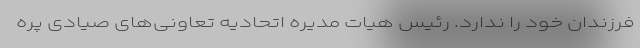
فرزندان خود را ندارد. رئیس هیات مدیره اتحادیه تعاونی‌های صیادی پره